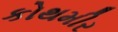
કોથમીર